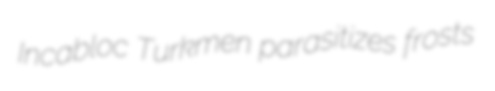
Incabloc Turkmen parasitizes frosts